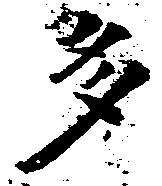
多